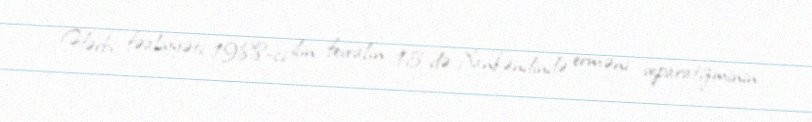
Hərbi fəaliyyəti 1988-ci ilin fevralın 15-də Xankəndində erməni separatizminin